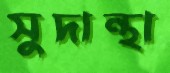
সুদান্থা